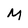
Character: M